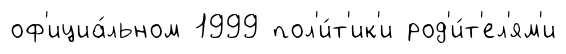
оф'ициа́льном 1999 пол'и́т'ик'и род'и́т'ел'ям'и